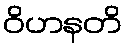
ဝိဟနတိ